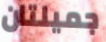
جميلتان